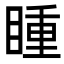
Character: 𭿍